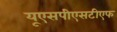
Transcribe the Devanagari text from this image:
यूएसपीएसटीएफ